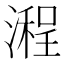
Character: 𣽿